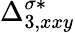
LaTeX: {\Delta}_{3,xxy}^{\sigma*}